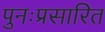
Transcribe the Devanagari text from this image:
पुनःप्रसारित